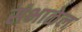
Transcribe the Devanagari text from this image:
संभाळेल